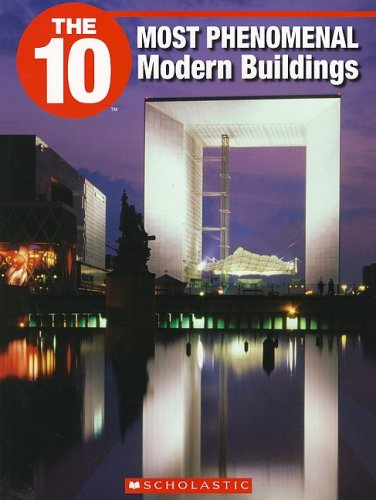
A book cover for The 10 Most Phenomenal Modern Buildings (10 (Franklin Watts)); Cathy Marks Krpan; Teen & Young Adult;